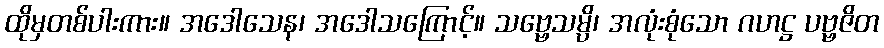
ထိုမှတစ်ပါးကား။ အဒေါသေန၊ အဒေါသကြောင့်။ သဗ္ဗေသမ္ပိ၊ အလုံးစုံသော ဂဟဋ္ဌ ပဗ္ဗဇိတ